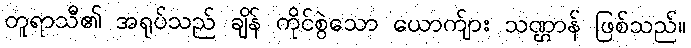
တူရာသီ၏ အရုပ်သည် ချိန် ကိုင်စွဲသော ယောက်ျား သဏ္ဌာန် ဖြစ်သည်။